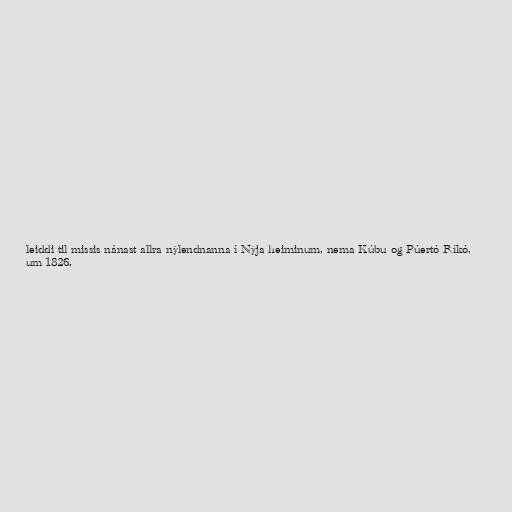
leiddi til missis nánast allra nýlendnanna í Nýja heiminum, nema Kúbu og Púertó Ríkó,
um 1826.